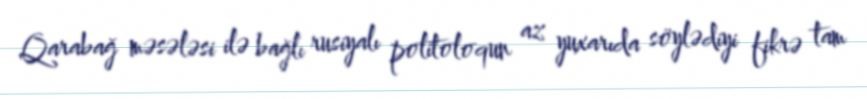
Qarabağ məsələsi ilə bağlı rusiyalı politoloqun az yuxarıda söylədiyi fikrə tam